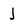
Character: j